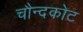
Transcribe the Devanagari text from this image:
चौन्दकोट